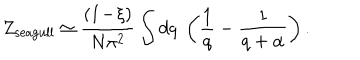
LaTeX: Z _ { \mathrm { s e a g u l l } } \simeq \frac { ( 1 \! - \! \xi ) } { N \pi ^ { 2 } } \int d q \; \left( \frac { 1 } { q } - \frac { 1 } { q + \alpha } \right) .